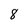
Character: 8